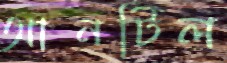
আনটিল